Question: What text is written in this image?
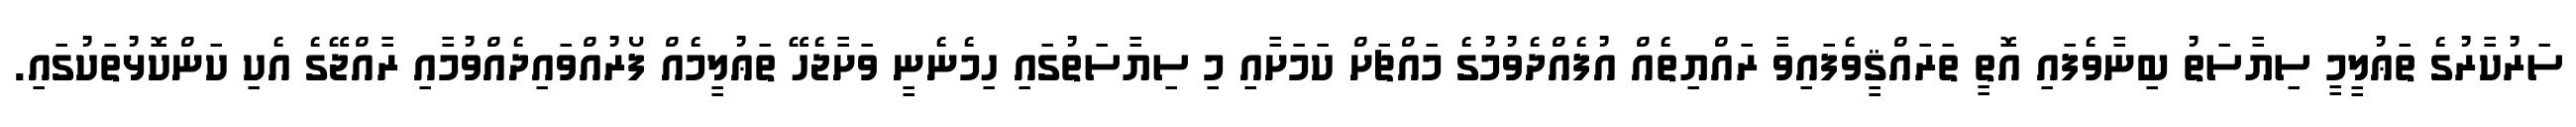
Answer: ސަރުކާރުގެ ތަޢުލީމީ ސިޔާސަތު ބިނާވެފައި އޮތީ ތަރައްޤީވެފައިވާ ރައްޔިތެއް އުފެއްދެވުމުގެ މައްޗަށް ކަމަށާއި މި ސިޔާސަތުގައި ހިމެނެނީ ވަށާޖެހޭ ތަޢުލީމެއް ފޯރުއްވައިދެއްވުމާއި ރާއްޖޭގެ އެކި ކަންކޮޅުތަކުގައި.